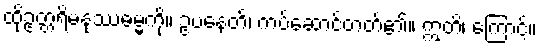
ထိုဥတ္တရိမနုဿဓမ္မကို။ ဥပနေတိ၊ ကပ်ဆောင်တတ်၏။ ဣတိ၊ ကြောင့်။